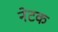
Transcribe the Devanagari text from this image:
नेटक